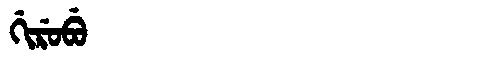
Manchu: ᡤᡳᡵᡠᠪᡠ
Romanization: GIRUBU